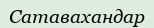
Сатавахандар